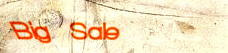
Big Sale